Vital statistics of India. Vol. V, Reports of 1876 on armies & jails and on epidemic cholera
Year: 1876
Disease focus: Cholera
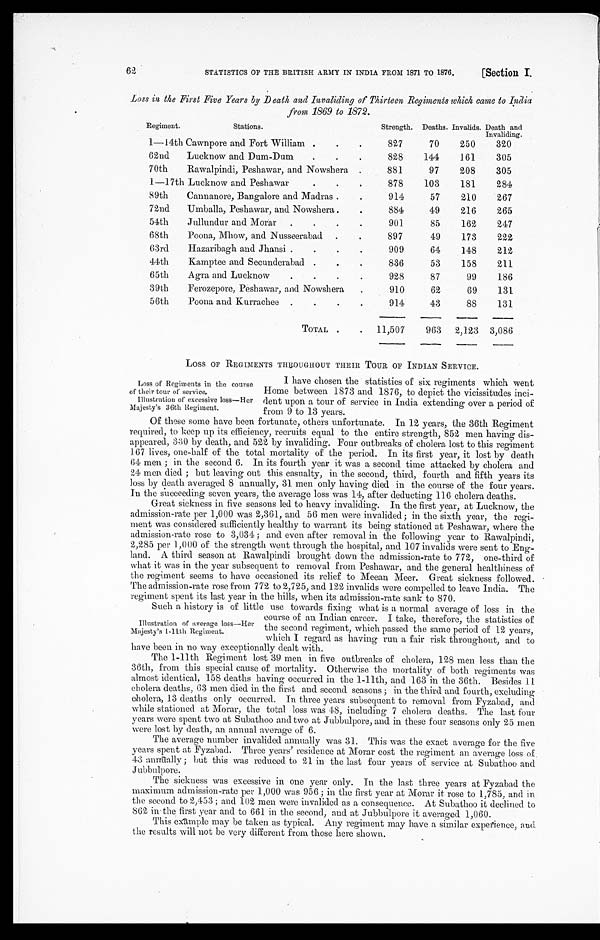
[Section I.
62
STATISTICS OF THE BRITISH ARMY IN INDIA FROM 1871 TO 1876.
Loss in the First Five Years by D eath and Invaliding of Thirteen Regiments which came to India
from 1869 to 1872.
Regiment.
Stations.
Strength. Deaths. Invalids. Death and
Invaliding.
1 —
1 4 t h
Cawnpore and Fort William
827
70
250
320
62nd Lucknow and Dum-Dum
828
144
161
305
70th Rawalpindi, Peshawar, and Nowshera
881
97
208
305
1 — 1
7 t hLucknow and Peshawar
878
103
181
284
89th Cannanore, Bangalore and Madras
914
57
210
267
72nd Umballa, Peshawar, and Nowshera
884
49
216
265
54th J ullundur and Morar
901
85
162
247
68th Poona, Mhow, and Nusseerabad
897
49
173
222
6
3 r dHazaribagh and Jhansi
909
64
148
212
44th Kamptee and Secunderabad
836
53
158
211
65th Agra and Lucknow
928
87
99
186
39th Ferozepore, Peshawar, and Nowshera
910
62
69
131
56th Poona and Kurrachee
914
43
88
131
TOTAL
11,507
963 2,123 3,086
LOSS OF REGIMENTS THBOUGHOUT THEIR TOUR OF INDIAN SERVICE.
Loss of Regiments in the course
of their tour of service.
Illustration of excessive loss—Her
Majesty ' s 36th Regiment.
I have chosen the statistics of six regiments which went
Home between 1873 and 1876, to depict the vicissitudes inci
- d e n t
u p o n a t o u r o f s e r v i c e i n I n d i a e x t e n d i n g o v e r a p e r i o d o f
from 9 to 13 years.
Of these some have been fortunate, others unfortunate. In 12 years, the 36th Regiment
required, to keep up its efficiency, recruits equal to the entire strength, 852 men having dis
-appeared, 330 by death, and 522 by invaliding. Four outbreaks of cholera lost to this regiment
167 lives, one-half of the total mortality of the period. In its first year, it lost by death
64 men; in the second 6. In its fourth year it was a second time attacked by cholera and
24 men died; but leaving out this casualty, in the second, third, fourth and fifth years its
loss by death averaged 8 annually, 31 men only having died in the course of the four years.
In the succeeding seven years, the average loss was 14, after deducting 116 cholera deaths.
Great sickness in five seasons led to heavy invaliding. In the first year, at Lucknow, the
admission-rate per 1,000 was 2,361, and 50 men were invalided; in the sixth year, the regi
- m e n t
w a s c o n s i d e r e d s u f f i c i e n t l y h e a l t h y t o w a r r a n t i t s b e i n g s t a t i o n e d a t P e s h a w a r , w h e r e t h e
admission-rate rose to 3,034; and even after removal in the following year to Rawalpindi,
2,285 per 1,000 of the strength went through the hospital, and 107 invalids were sent to Eng
- l a n d
. A t h i r d s e a s o n a t R a w a l p i n d i b r o u g h t d o w n t h e a d m i s s i o n - r a t e t o 7 7 2 , o n e - t h i r d o f
what it was in the year subsequent to removal from Peshawar, and the general healthiness of
the regiment seems to have occasioned its relief to Meean Meer. Great sickness followed.
The admission-rate rose from 772 to 2,725, and 122 invalids were compelled to leave India. The
regiment spent its last year in the hills, when its admission-rate sank to 870.
Such a history is of little use towards fixing what is a normal average of loss in the
course of an Indian career. I take, therefore, the statistics of
the second regiment, which passed the same period of 12 years,
which I regard as having run a fair risk throughout, and to
have been in no way exceptionally dealt with.
The 1-11th Regiment lost 39 men in five outbreaks of cholera, 128 men less than the
36th, from this special cause of mortality. Otherwise the mortality of both regiments was
almost identical, 158 deaths having occurred in the 1-11 th, and 163 in the 36th. Besides 11
cholera deaths, 63 men died in the first and second seasons; in the third and fourth, excluding
cholera, 13 deaths only occurred. In three years subsequent to removal from Fyzabad, and
while stationed at Morar, the total loss was 48, including 7 cholera deaths. The last four
years were spent two at Subathoo and two at Jubbulpore, and in these four seasons only 25 men
were lost by death, an annual average of 6.
The average number invalided annually was 31. This was the exact average for the five
years spent at Fyzabad . Three years' residence at Morar cost the regiment an average loss of
43 annually ; but this was reduced to 21 in the last four years of service at Subathoo and
Jubbulpore .
The sickness was excessive in one year only. In the last three years at Fyzabad the
maximum admission-rate per 1,000 was 956; in the first year at Morar it rose to 1,785, and in
the second to 2,453 ; and 102 men were invalided as a consequence. At Subathoo it declined to
862 in the first year and to 661 in the second, and at Jubbulpore it averaged 1,060.
This example may be taken as typical. Any regiment may have a similar experience, and
the results will not be very different from those here shown.
Illustration of average loss—Her
Majesty's 1-11th Regiment.